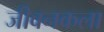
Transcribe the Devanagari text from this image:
जीवनकला